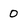
Character: 0